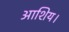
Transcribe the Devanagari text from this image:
आशिय।